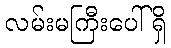
လမ်းမကြီးပေါ်ရှိ